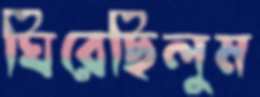
ঘিরেছিলুম